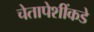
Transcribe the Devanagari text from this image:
चेतापेशींकडे